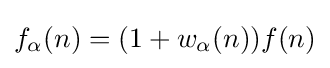
f_{\alpha }(n)=(1+w_{\alpha }(n))f(n)